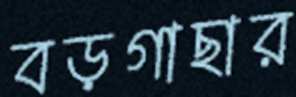
বড়গাছার